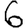
Digit: 6